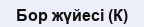
Бор жүйесі (К)